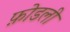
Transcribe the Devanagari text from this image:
फ़ोडली